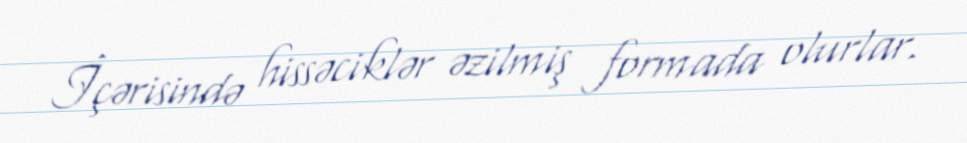
İçərisində hissəciklər əzilmiş formada olurlar.